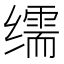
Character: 𦈡